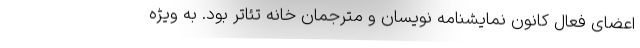
اعضای فعال کانون نمایشنامه نویسان و مترجمان خانه تئاتر بود. به ویژه